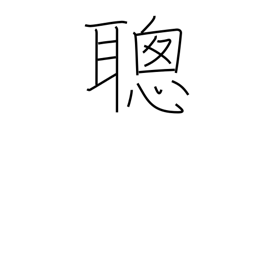
Meaning: fast learner